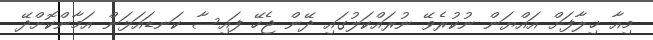
މިއާ ޚިލާފަށް އައްޔަން ނުކުރެވޭ ނުރައްކަލުގައި ދޭން ޖެހޭ ފައިސާ ކަނޑައަޅަން އަމާންކޮށްދޭ